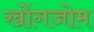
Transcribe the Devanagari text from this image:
खोंगजोम